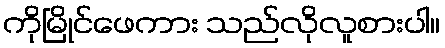
ကိုမြိုင်ဖေကား သည်လိုလူစားပါ။